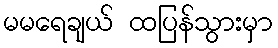
မမရေချယ် ထပြန်သွားမှာ